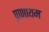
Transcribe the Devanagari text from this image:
प्राणायम